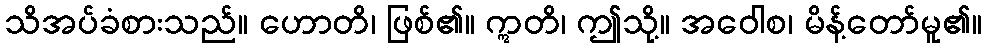
သိအပ်ခံစားသည်။ ဟောတိ၊ ဖြစ်၏။ ဣတိ၊ ဤသို့။ အဝေါစ၊ မိန့်တော်မူ၏။